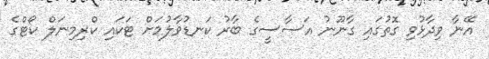
އޭނާ ވިދާޅުވި ގޮތުގައި ގާނޫނު އަސާސީގެ ބާރު ކަނޑުވާލުމަށް ޓަކައި ކްރިމިނަލް ކޯޓްގެ